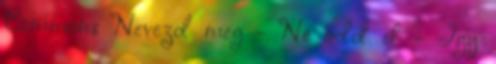
Commons Nevezd meg - Ne add el - Így